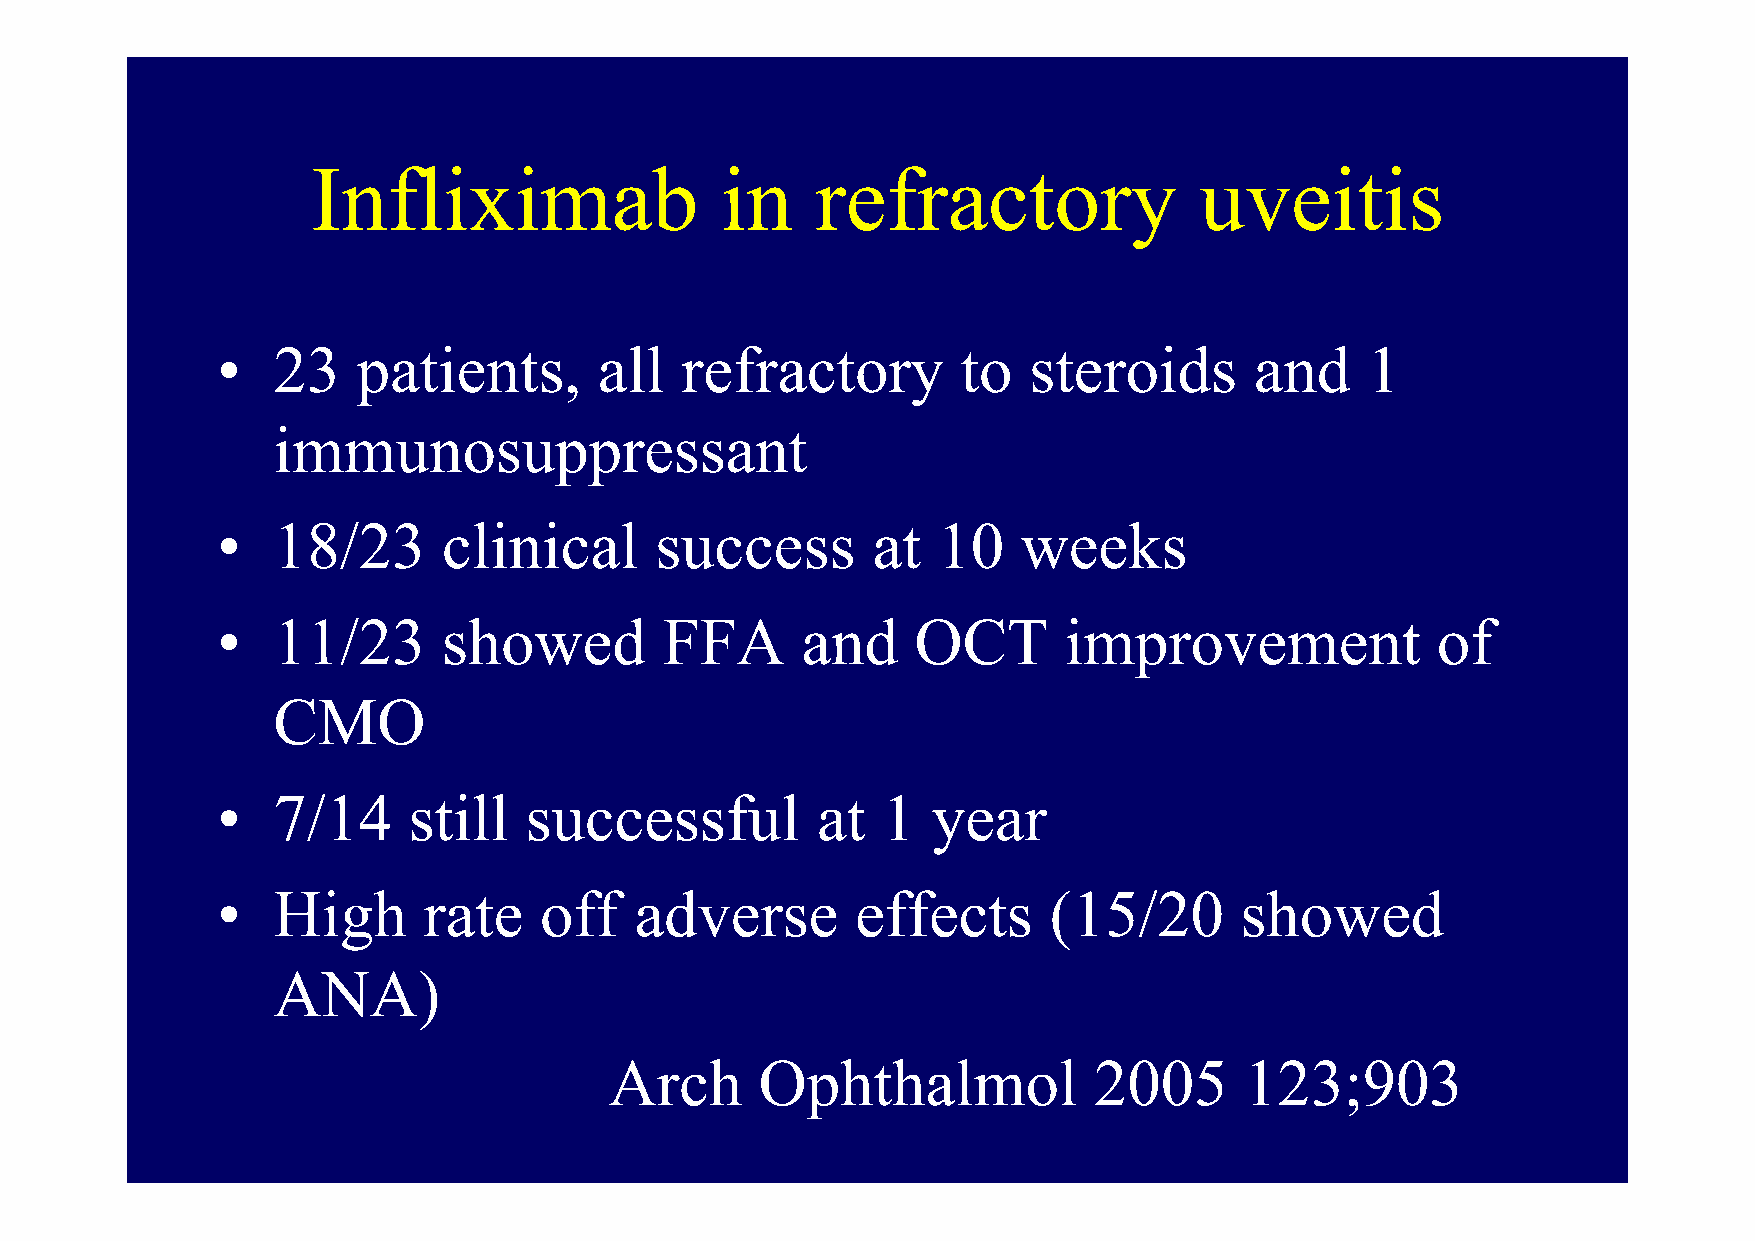
IInnfflliixxiimmaabb       iinn  rreeffrraaccttoorryy     uuvveeiittiiss
 •   23    patients,       all  refractory         to  steroids       and    1
 immunosuppppressant
 •   18/23      clinical      success        at  10    weeks
 •   1111//2233 shhowedd       FFFFAA   andd    OOCCTT   iimprovement             off
 CMO
 •   7/14     still   successful         at  1   year
 •   HHiighh   ratte   offff addverse       effffectts  ((1155//2200 shhowedd
 ANA)
 Arch      Ophthalmol            2005      123;903